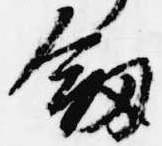
剣